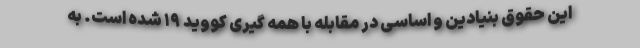
این حقوق بنیادین و اساسی در مقابله با همه گیری کووید ۱۹ شده است. به